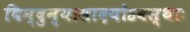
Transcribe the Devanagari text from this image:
बिन्दुन्यासादयोऽवस्थाः